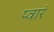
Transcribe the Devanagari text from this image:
प्वारं